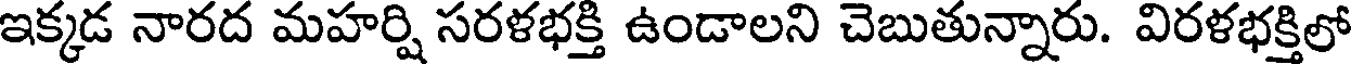
ఇక్కడ నారద మహర్షి సరళభక్తి ఉండాలని చెబుతున్నారు. విరళభక్తిలో